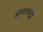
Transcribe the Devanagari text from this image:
अव्यक्तसुद्धा